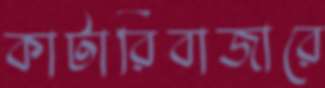
কাটারিবাজারে